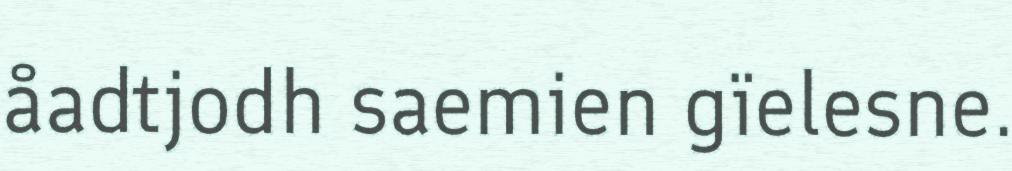
åadtjodh saemien gïelesne.